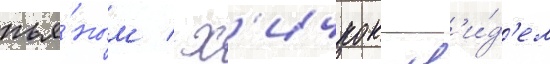
пья́ным / х'ичкок ув'и́д'ел